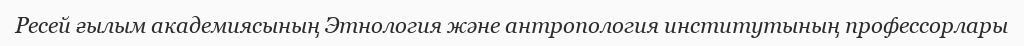
Ресей ғылым академиясының Этнология және антропология институтының профессорлары